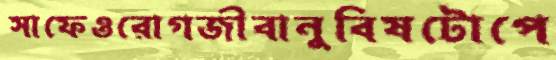
সাফেওরোগজীবানুবিষটোপে